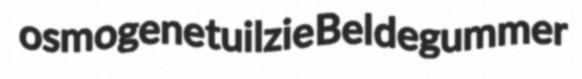
osmogene tuilzie Bel degummer